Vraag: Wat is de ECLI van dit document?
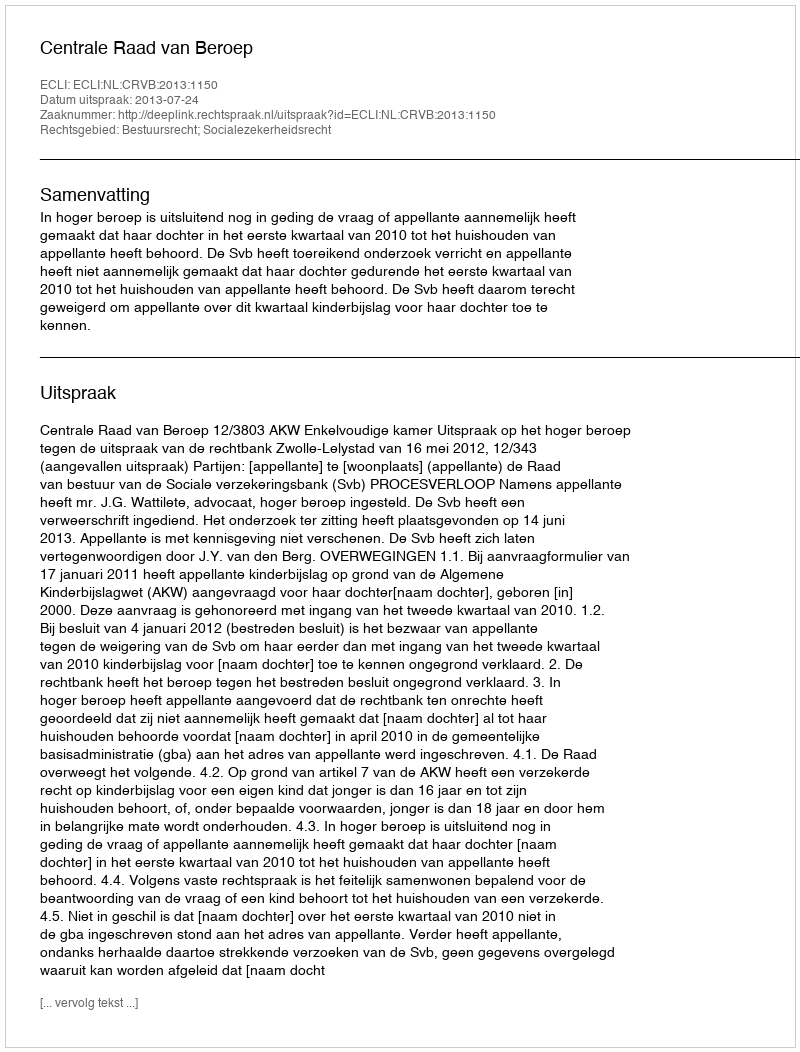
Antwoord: ECLI:NL:CRVB:2013:1150